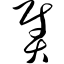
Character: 熨